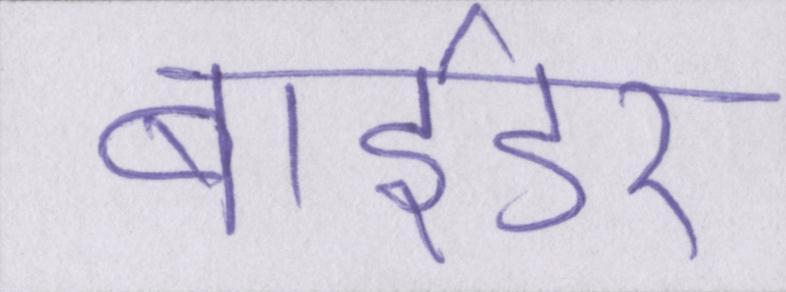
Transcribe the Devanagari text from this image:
बाईडर